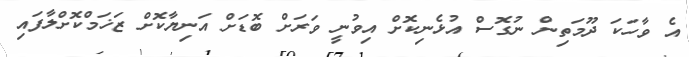
އެ ވާހަކަ ދޫމަތިން ނުގޮސް އުޅެނިކޮށް އިވުނީ ވަރަށް ބޮޑަށް އަނިޔާކޮށް ޒަޚަމްކޮށްލާފައި